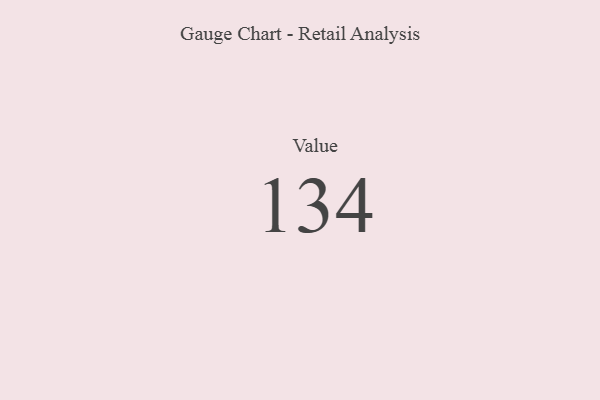
{"axis": {"x": "Metric", "y": "Value"}, "legend": [""], "data": [{"x": "Value", "y": 134, "type": ""}]}